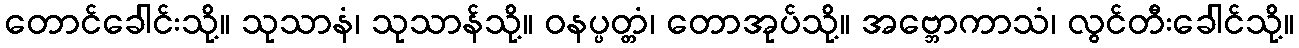
တောင်ခေါင်းသို့။ သုသာနံ၊ သုသာန်သို့။ ဝနပ္ပတ္တံ၊ တောအုပ်သို့။ အဗ္ဘောကာသံ၊ လွင်တီးခေါင်သို့။